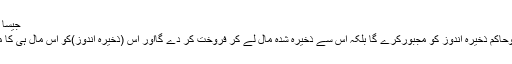
جیسا کہ الموسوعةالفقهية،ج2،ص95 میں ہے :
’’جب عوام کے متاثر ہونے کا اندیشہ ہو توحاکم ذخیرہ اندوز کو مجبورکرے گا بلکہ اس سے ذخیرہ شدہ مال لے کر فروخت کر دے گااور اس (ذخیرہ اندوز)کو اس مال ہی کا مثل جب موجود ہو یا اس کی قیمت دے گا۔